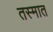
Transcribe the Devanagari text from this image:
तस्मात